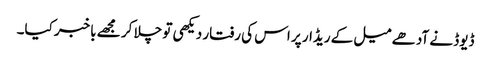
ڈیوڈ نے آدھے میل کے ریڈار پر اس کی رفتار دیکھی تو چلا کر مجھے باخبر کیا۔